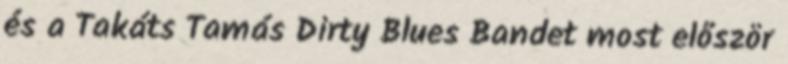
és a Takáts Tamás Dirty Blues Bandet most először